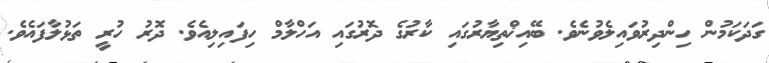
ގަދަކަމުން ހިންދިރުވައިލެވުނެވެ. ބޭއިޚްތިޔާރުގައި ކާރުގެ ދޮރުގައި އަހްލާމް ހިފައިލިއެވެ. ދޮރު ހުރީ ތަޅުލާފައެވެ.